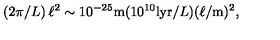
( 2 \pi / L ) \: \ell ^ { 2 } \sim 1 0 ^ { - 2 5 } \mathrm { m } ( 1 0 ^ { 1 0 } \mathrm { l y r } / L ) ( \ell / \mathrm { m } ) ^ { 2 } ,